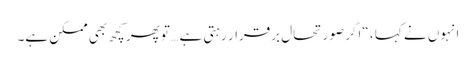
انہوں نے کہا ، “اگر صورتحال برقرار رہتی ہے … تو پھر کچھ بھی ممکن ہے۔